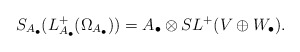
\begin{align*}S_{A_{\bullet}}(L_{A_{\bullet}}^{+}(\Omega_{A_{\bullet}}))=A_{\bullet} \otimes S L^{+}(V \oplus W_{\bullet}). \end{align*}